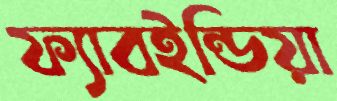
ফ্যাবইন্ডিয়া